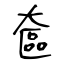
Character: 奩